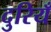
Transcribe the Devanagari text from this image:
दुरियँ